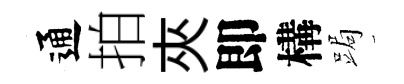
通拍夾即構跼